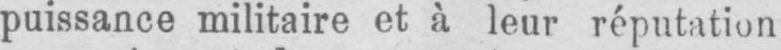
puissance militaire et à leur réputation